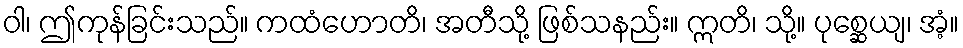
ဝါ၊ ဤကုန်ခြင်းသည်။ ကထံဟောတိ၊ အတီသို့ ဖြစ်သနည်း။ ဣတိ၊ သို့။ ပုစ္ဆေယျ၊ အံ့။